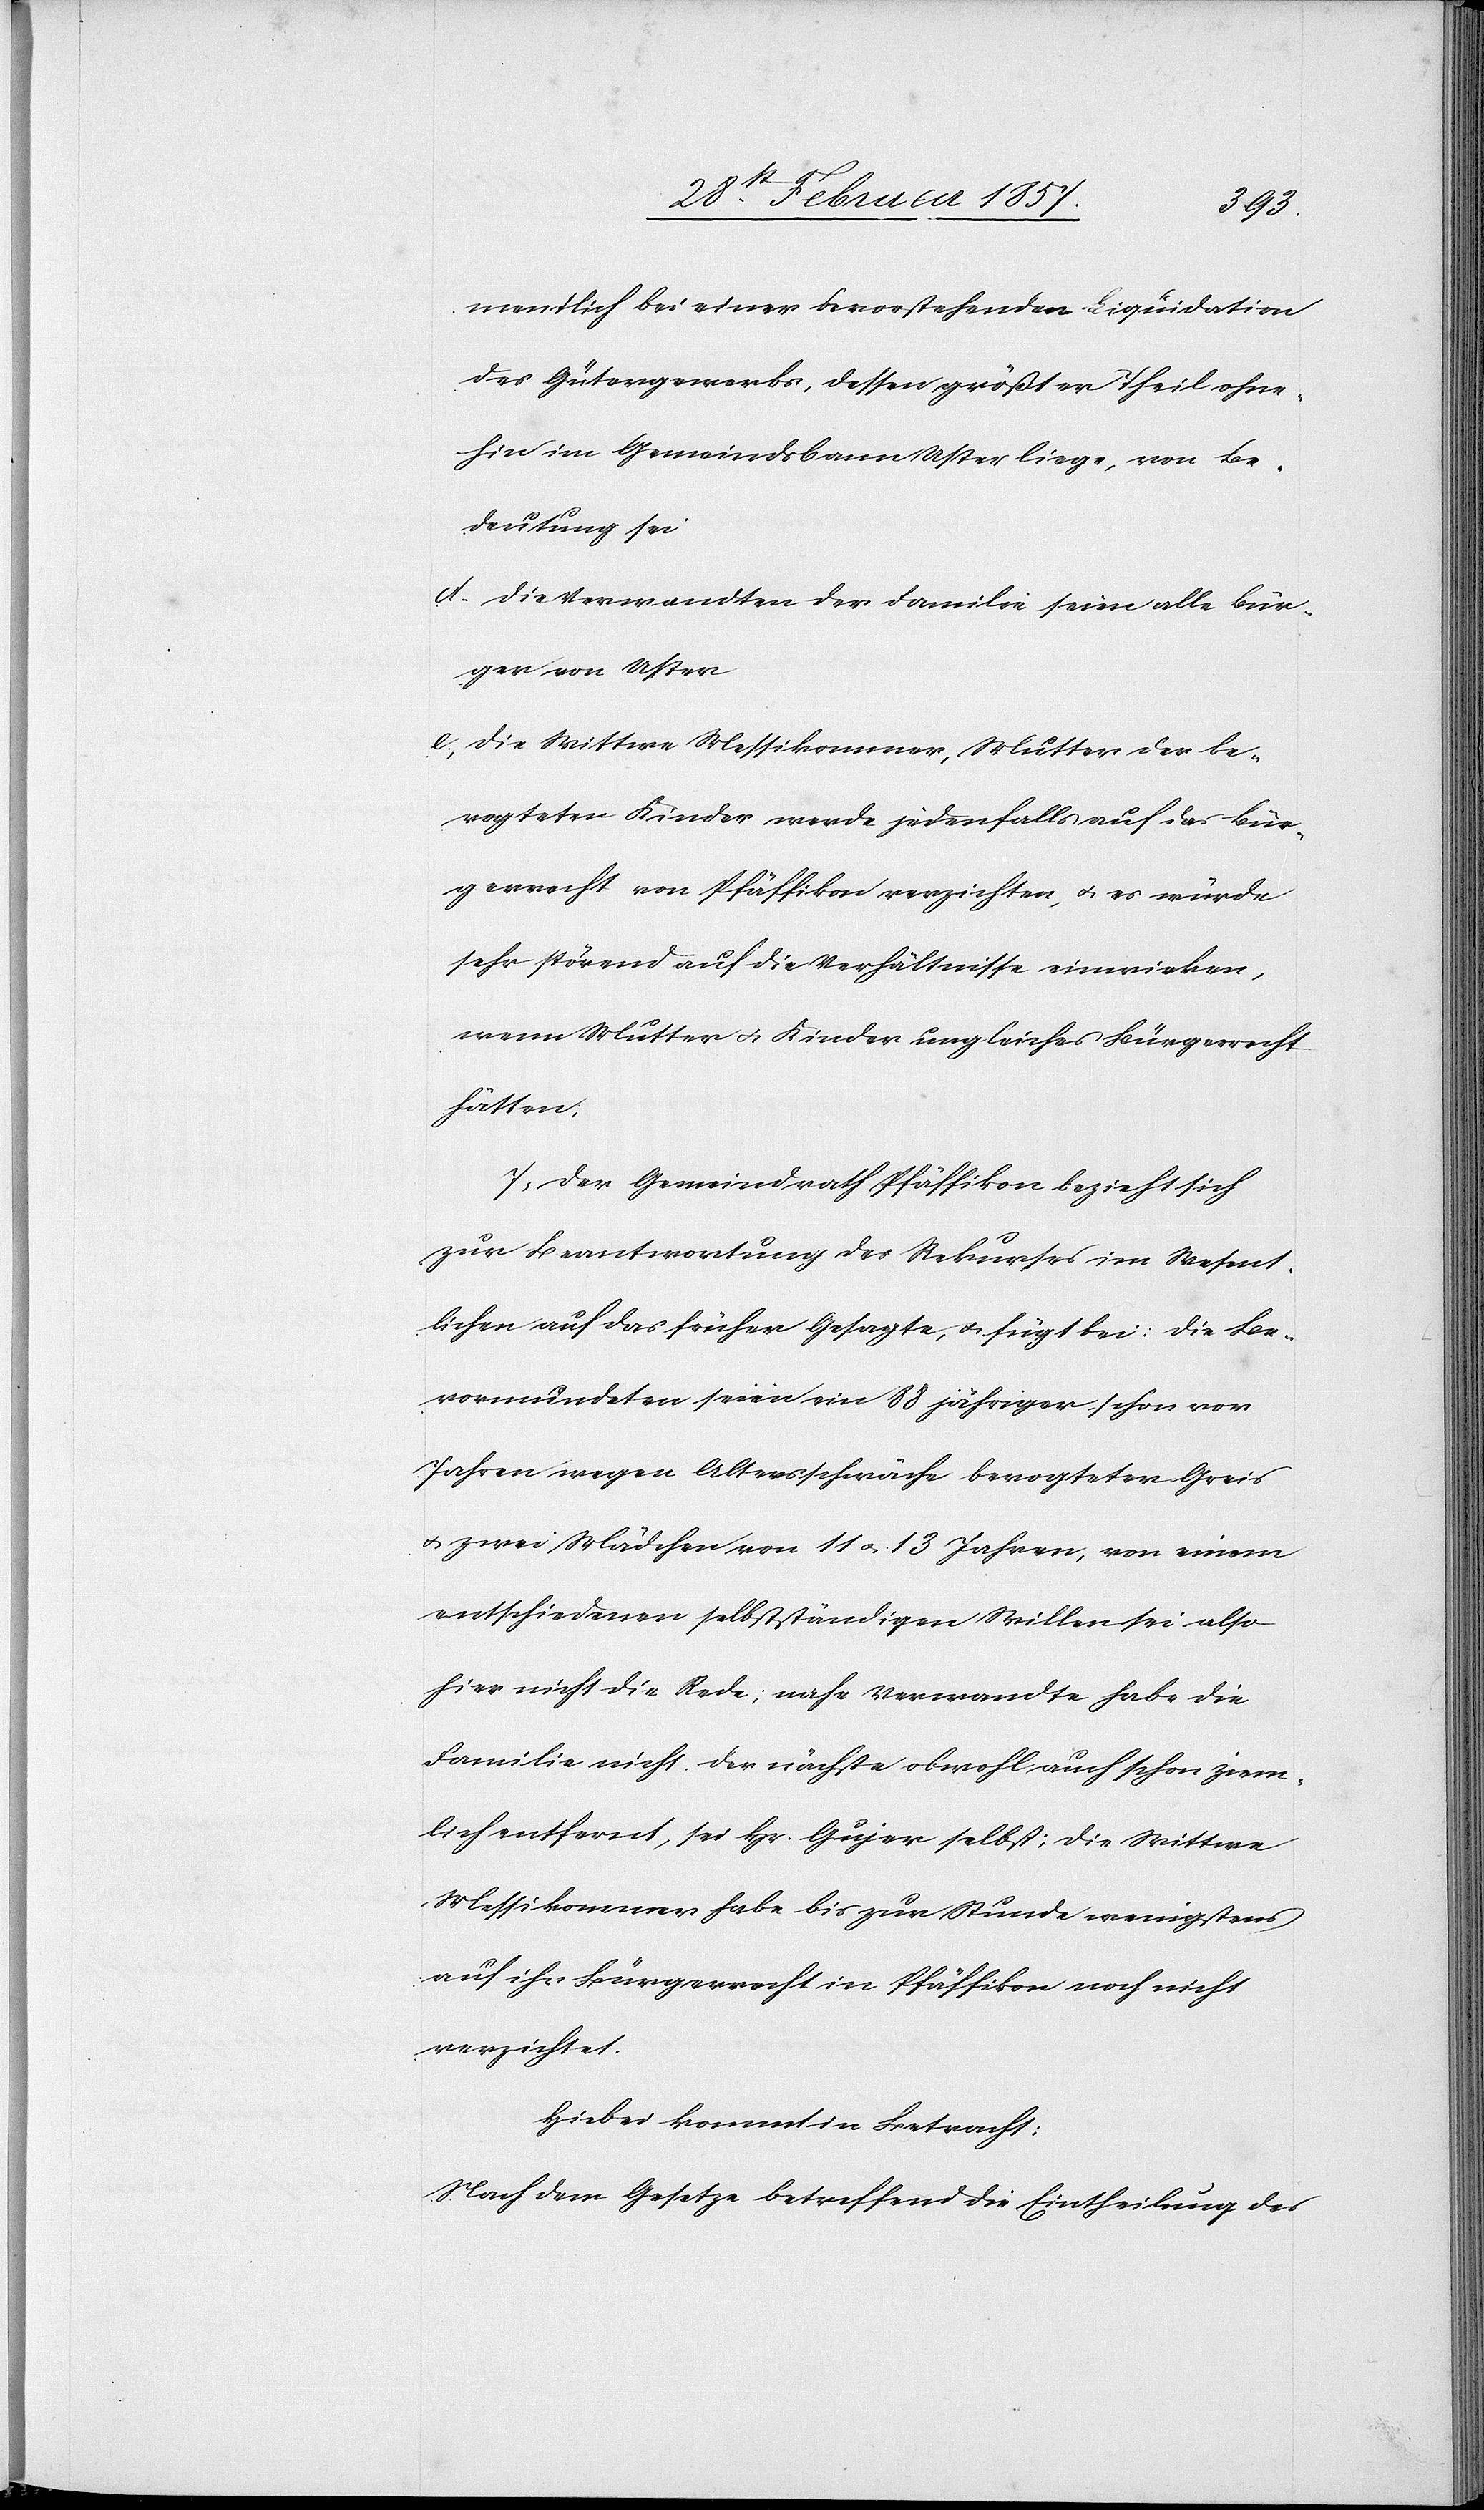
mentlich bei einer bevorstehenden Liquidation
des Gütergewerbs, dessen größter Theil ohne¬
hin im Gemeindsbann Uster liege, von Be¬
deutung sei
d. die Verwandten der Familie seien alle Bür¬
ger von Uster
e. die Wittwe Messikommer, Mutter der be¬
vogteten Kinder werde jedenfalls auf das Bür¬
gerrecht von Pfäffikon verzichten, u. es würde
sehr störend auf die Verhältnisse einwirken,
wenn Mutter u. Kinder ungleiches Bürgerrecht
hätten;
7. Der Gemeindrath Pfäffikon bezieht sich
zur Beantwortung des Rekurses im Wesent¬
lichen auf das früher Gesagte, u. fügt bei: die Be¬
vormundeten seien ein 88 jähriger schon vor
Jahren wegen Altersschwäche bevogteter Greis
u. zwei Mädchen von 11 u. 13 Jahren, von einem
entschiedenen selbstständigen Willen sei also
hier nicht die Rede; nahe Verwandte habe die
Familie nicht. Der nächste obwohl auch schon ziem¬
lich entfernt, sei Hr. Gujer selbst; die Wittwe
Messikommer habe bis zur Stunde wenigstens
auf ihr Bürgerrecht in Pfäffikon noch nicht
verzichtet.
Hiebei kommt in Betracht:
Nach dem Gesetze betreffend die Eintheilung des